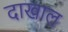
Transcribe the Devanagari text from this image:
दाखाल